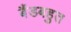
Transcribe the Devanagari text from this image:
बैंडबहुत